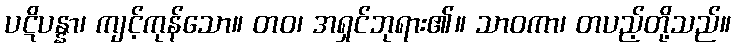
ပဋိပန္နာ၊ ကျင့်ကုန်သော။ တဝ၊ အရှင်ဘုရား၏။ သာဝကာ၊ တပည့်တို့သည်။